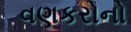
વણકરોનો